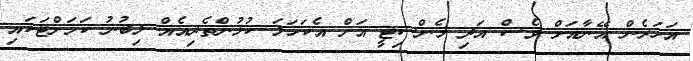
އަހަރެން އޭނާއަށް ވެސް އަދި މެންސިޓީ އަށް އެކަހަލަ ކުޅުންތެރިއެއް ލިބުނު ކަމަށްޓަކައި